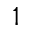
^ 1